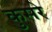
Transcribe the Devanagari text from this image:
कुसरे